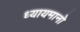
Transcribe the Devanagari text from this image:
ध्यायमानो